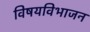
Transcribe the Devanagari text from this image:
विषयविभाजन